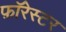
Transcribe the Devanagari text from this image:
फ़ॉरेस्टर